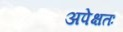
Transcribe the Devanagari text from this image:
अपेक्षतः